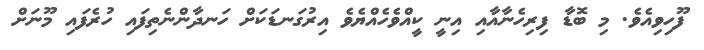
ފޫހިވިއެވެ. މި ބޮޑާ ފިރިހެނާއާއި އިނީ ކީއްވެހެއްޔެވެ އިރުގަނޑަކަށް ހަނދާންނެތިފައި ހުރެފައި މޫނަށް